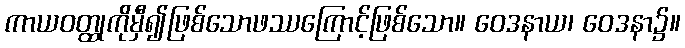
ကာယဝတ္ထုကိုမှီ၍ဖြစ်သောဖဿကြောင့်ဖြစ်သော။ ဝေဒနာယ၊ ဝေဒနာ၌။